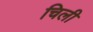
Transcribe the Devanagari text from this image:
चिली